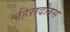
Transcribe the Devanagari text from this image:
हिरादोतस